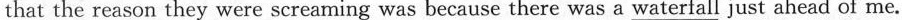
that the reason they were screaming was because there was a \underline{waterfall} just ahead of me.